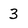
Character: 3